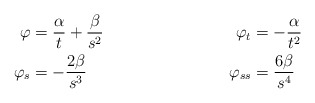
\begin{align*} \varphi &= \frac{\alpha}{t}+\frac{\beta}{s^2} & \varphi_t &= -\frac{\alpha}{t^2}\\\varphi_s &= -\frac{2\beta}{s^3} & \varphi_{ss} &= \frac{6\beta}{s^4}\end{align*}